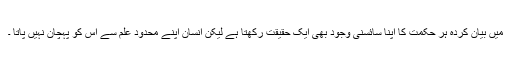
میں بیان کردہ ہر حکمت کا اپنا سائسنی وجود بھی ایک حقیقت رکھتا ہے لیکن انسان اپنے محدود علم سے اس کو پہچان نہیں پاتا ۔